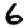
Digit: 6